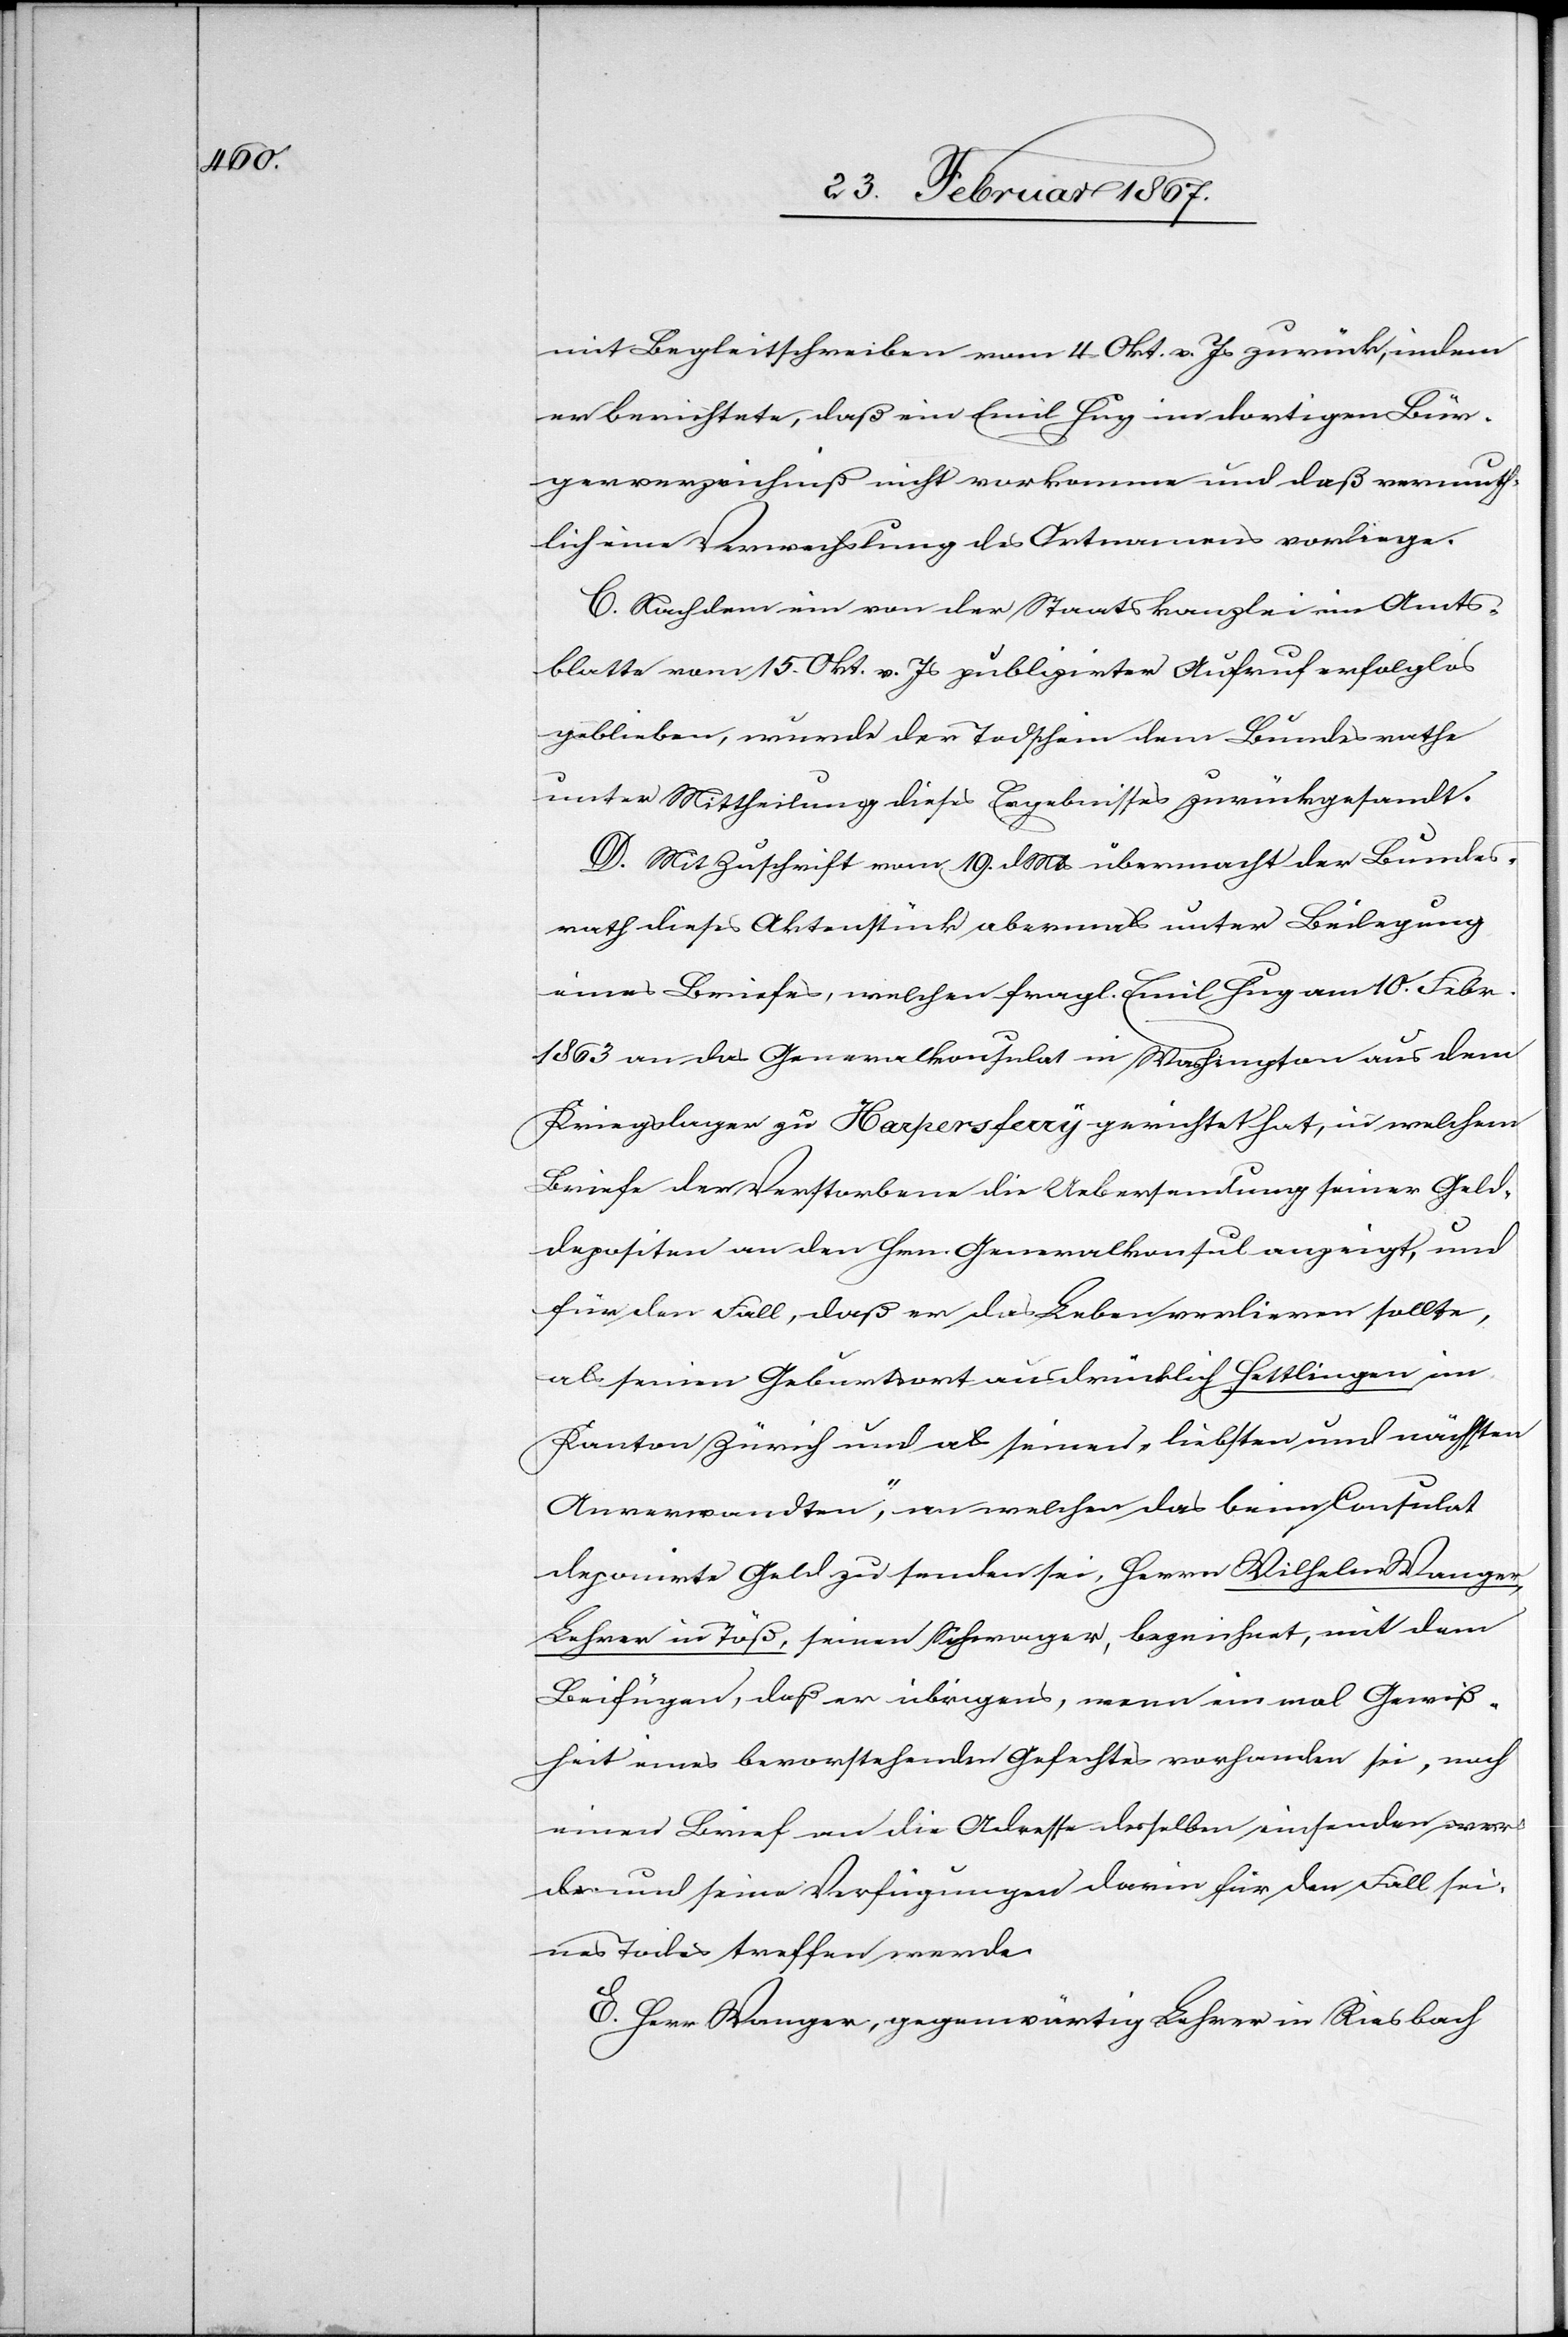
mit Begleitschreiben vom 4. Okt. v. Js zurück, indem
er berichtete, daß ein Emil Hug im dortigen Bür¬
gerverzeichniß nicht vorkomme und daß vermuth¬
lich eine Verwechslung des Ortnamens vorliege.
C. Nachdem ein von der Staatskanzlei im Amts¬
blatte vom 15. Okt. v. Js publizirter Aufruf erfolglos
geblieben, wurde der Todschein dem Bundesrathe
unter Mittheilung dieses Ergebnisses zurückgesandt.
D. Mit Zuschrift vom 19. d. Mts übermacht der Bundes¬
rath dieses Aktenstück abermals unter Beilegung
eines Briefes, welchen fragl. Emil Hug am 10. Febr.
1863 an das Generalkonsulat in Washington aus dem
Kriegslager zu Harpersferry gerichtet hat, in welchem
Briefe der Verstorbene die Uebersendung seiner Geld¬
depositen an den Hrn. Generalkonsul anzeigt, und
für den Fall, daß er das Leben verlieren sollte,
als seinen Geburtsort ausdrücklich Hettlingen im
Kanton Zürich und als seinen „liebsten und nächsten
Anverwandten“, an welchen das beim Consulat
deponirte Geld zu senden sei, Herrn Wilhelm Wanger,
Lehrer in Töß, seinen Schwager, bezeichnet, mit dem
Beifügen, daß er übrigens, wenn ein mal [sic!] Gewiß¬
heit eines bevorstehenden Gefechtes vorhanden sei, noch
einen Brief an die Adresse desselben einsenden wer¬
de und seine Verfügungen darin für den Fall sei¬
nes Todes treffen werde.
E. Herr Wanger, gegenwärtig Lehrer in Riesbach